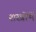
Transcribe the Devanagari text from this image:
शस्त्रोंमें